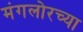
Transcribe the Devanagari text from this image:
मंगलोरच्या